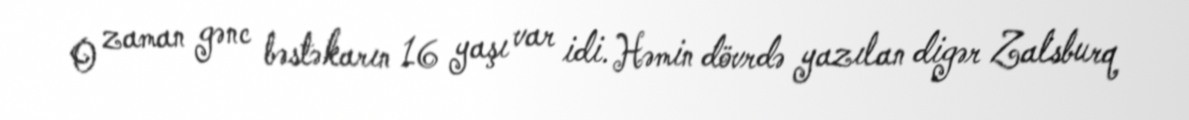
O zaman gənc bəstəkarın 16 yaşı var idi. Həmin dövrdə yazılan digər Zalsburq